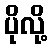
ပိုလို့